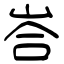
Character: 峇